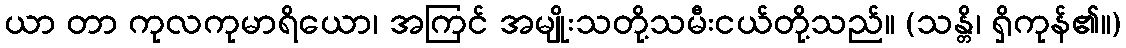
ယာ တာ ကုလကုမာရိယော၊ အကြင် အမျိုးသတို့သမီးငယ်တို့သည်။ (သန္တိ၊ ရှိကုန်၏။)